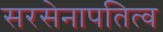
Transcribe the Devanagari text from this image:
सरसेनापतित्व